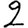
Digit: 2